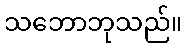
သဘောဘုသည်။